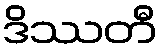
ဒိဿတီ